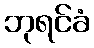
ဘုရင်ခံ